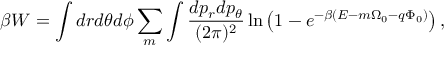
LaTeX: \beta W = \int d r d \theta d \phi \sum _ { m } \int \frac { d p _ { r } d p _ { \theta } } { ( 2 \pi ) ^ { 2 } } \ln \left( 1 - e ^ { - \beta ( { \cal E } - m \Omega _ { 0 } - q \Phi _ { 0 } ) } \right) ,